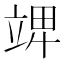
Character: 𥪎